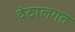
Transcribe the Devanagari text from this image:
देठालगत